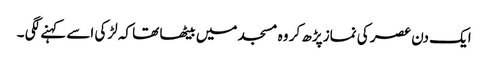
ایک دن عصر کی نماز پڑھ کر وہ مسجد میں بیٹھا تھا کہ لڑکی اسے کہنے لگی ۔